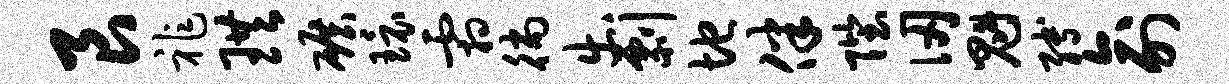
艮祚珙碾环霜徜出剽地伴陛仞魁缚俞